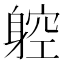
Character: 躻